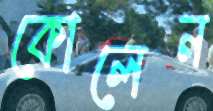
কোলেন